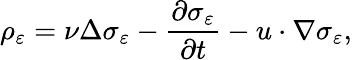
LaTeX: \rho_{\varepsilon}=\nu\Delta\sigma_{\varepsilon}-\frac{\partial\sigma_{\varepsilon}}{\partial t}-u\cdot\nabla\sigma_{\varepsilon},